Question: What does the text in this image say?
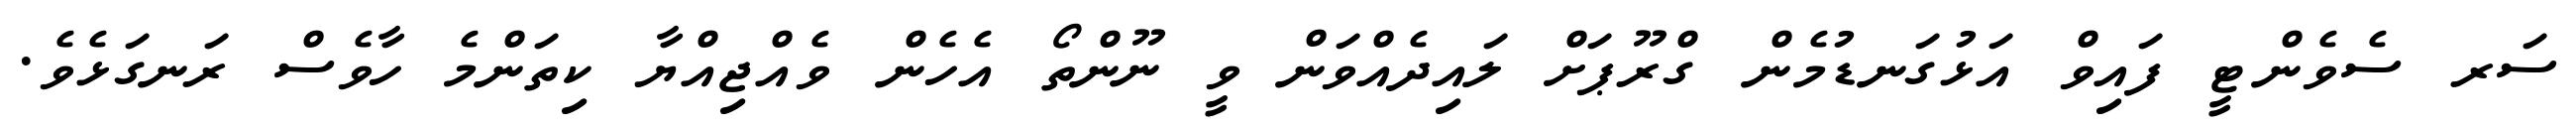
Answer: ސަރ ސެވެންޓީ ފައިވް އަޅުގަނޑުމެން ގްރޫޕަށް ލައިދެއްވަން ވީ ނޫންތޯ އެހެން ވެއްޖިއްޔާ ކިތަންމެ ހާވެސް ރަނގަޅެވެ.